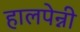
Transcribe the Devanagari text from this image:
हालपेन्नी